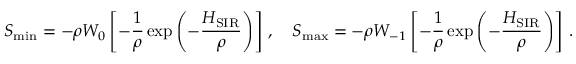
S _ { \operatorname* { m i n } } = - \rho W _ { 0 } \left[ - \frac { 1 } { \rho } \exp \left( - \frac { H _ { \mathrm { S I R } } } { \rho } \right) \right] \, , \quad S _ { \operatorname* { m a x } } = - \rho W _ { - 1 } \left[ - \frac { 1 } { \rho } \exp \left( - \frac { H _ { \mathrm { S I R } } } { \rho } \right) \right] \, .